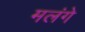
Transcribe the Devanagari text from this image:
मलंगे